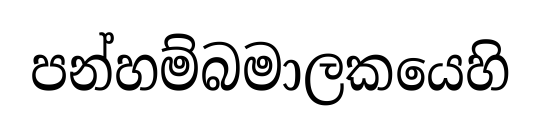
පන්හම්බමාලකයෙහි